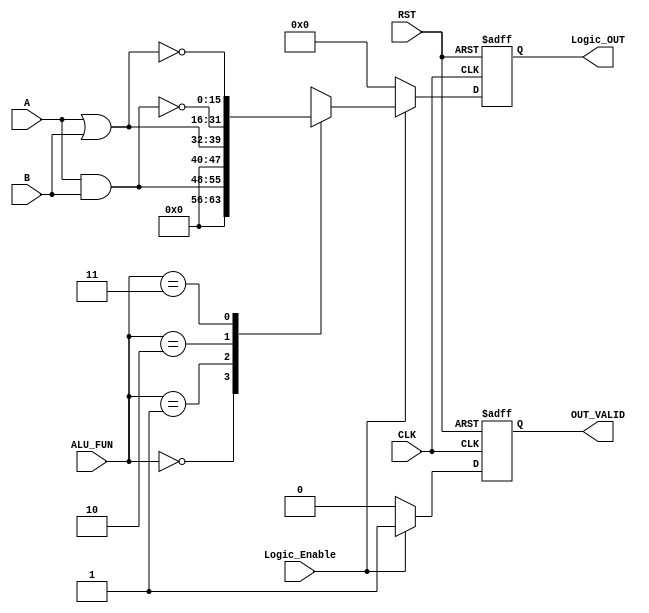
/********************************************************************************************/
/********************************************************************************************/
/**************************		Author: Alyaa Mohamed    ************************************/
/**************************		Module: Logic_unit	 	 ************************************/
/********************************************************************************************/
/********************************************************************************************/

module Logic_unit #(parameter 	A_WIDTH = 8	, B_WIDTH = 8 , OUT_WIDTH = 16, ALU_FUN_WIDTH = 2)									
 (																
	input  wire [A_WIDTH-1:0] 			A									,
	input  wire [B_WIDTH-1:0] 			B									,
	input  wire [ALU_FUN_WIDTH-1:0] 	ALU_FUN								,
	input  wire 						Logic_Enable						,
	input  wire 		  				CLK									,
	input  wire							RST									,
		
	output reg  [OUT_WIDTH-1:0] 		Logic_OUT							,
	output reg							OUT_VALID					
 );	
	
	
	reg 		[OUT_WIDTH-1:0] 		Logic_Result						;
	reg									VALID								;
	
/********************************************************************************************/
/*********************************Registers For The Outputs**********************************/
	
	always@(posedge CLK or negedge RST)	
		begin	

			if(!RST)
				begin

					Logic_OUT <= 'b0										;
					OUT_VALID <= 'b0										;
				
				end
			else
				begin
				
					Logic_OUT <= Logic_Result								;
					OUT_VALID <= VALID										;
				
				end
		end	

/********************************************************************************************/
/**************************************Logic Operations**************************************/	
	
	always@(*)	
		begin	

			VALID = 1'b0													;

			if (Logic_Enable)		
				begin		
						
					case (ALU_FUN)	
						'b00: 	 Logic_Result = 	A & B					;
						'b01: 	 Logic_Result = 	A | B					;
						'b10: 	 Logic_Result =   ~(A & B)					;
						'b11:	 Logic_Result =   ~(A | B)					;
						default: Logic_Result =   'd0						;
					endcase
					
					VALID = 'b1												;

				end
			else
				begin

					Logic_Result = 'b0										;
					VALID = 'b0												;
				
				end
		end


endmodule